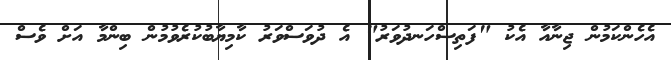
އެހެންކަމުން ޖިނާއާ އެކު "ފަތިސްހަނދުވަރު" އެ ދުވަސްވަރު ކާމިޔާބުކުރެވުމުން ބިންމާ އަށް ވެސް